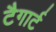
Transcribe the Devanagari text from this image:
टैगार्ट